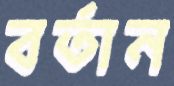
বর্তান